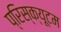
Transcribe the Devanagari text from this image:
प्रिस्क्यूटम